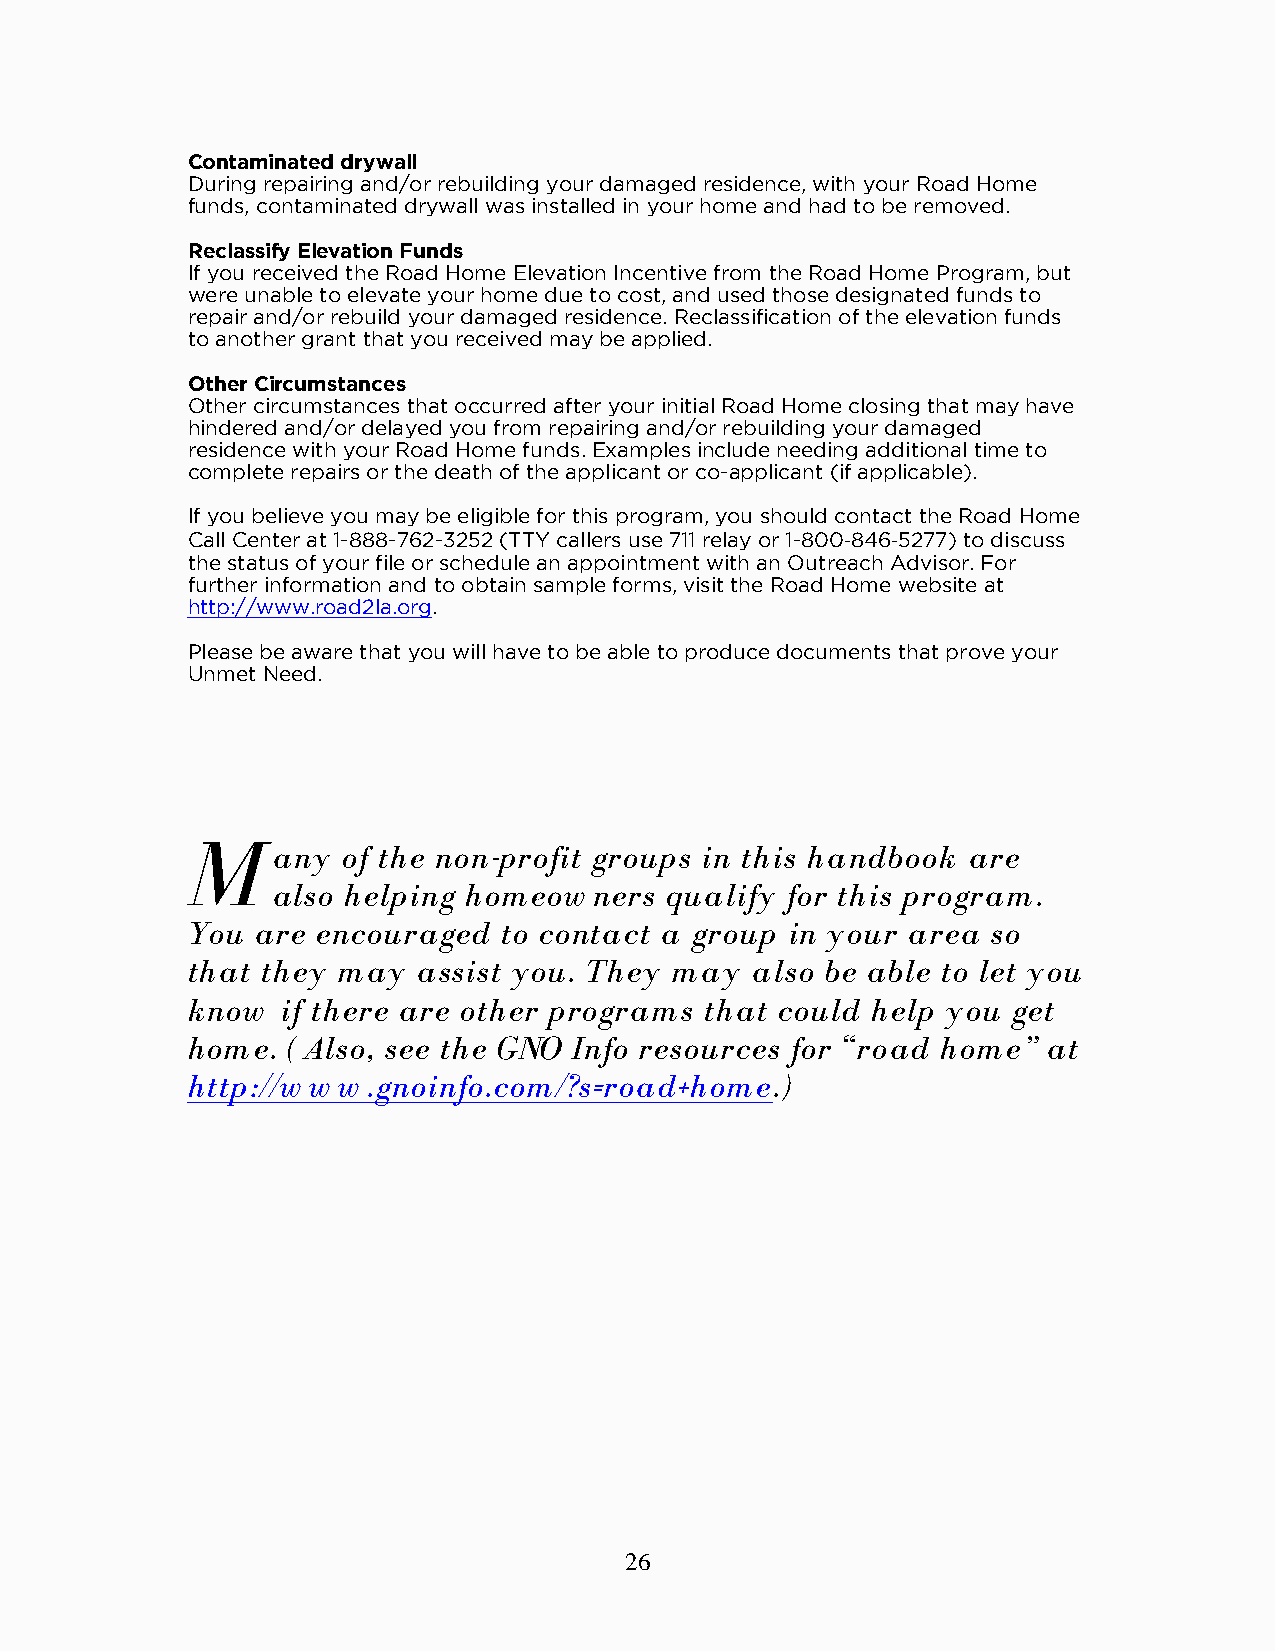
Contaminated drywall
 During repairing and/or rebuilding your damaged residence, with your Road Home
 funds, contaminated drywall was installed in your home and had to be removed.
 Reclassify Elevation Funds
 If you received the Road Home Elevation Incentive from the Road Home Program, but
 were unable to elevate your home due to cost, and used those designated funds to
 repair and/or rebuild your damaged residence. Reclassification of the elevation funds
 to another grant that you received may be applied.
 Other Circumstances
 Other circumstances that occurred after your initial Road Home closing that may have
 hindered and/or delayed you from repairing and/or rebuilding your damaged
 residence with your Road Home funds. Examples include needing additional time to
 complete repairs or the death of the applicant or co-applicant (if applicable).
 If you believe you may be eligible for this program, you should contact the Road Home
 Call Center at 1-888-762-3252 (TTY callers use 711 relay or 1-800‐846‐5277) to discuss
 the status of your file or schedule an appointment with an Outreach Advisor. For
 further information and to obtain sample forms, visit the Road Home website at
 http://www.road2la.org.
 Please be aware that you will have to be able to produce documents that prove your
 Unmet Need.
 M
 any  of the non-profit groups in this handbook are
 also helping homeow  ners qualify for this program.
 You  are encouraged  to contact a group in your area  so
 that they may   assist you. They may  also be able to let you
 know   if there are other programs that could help you get
 home.  ( Also, see the GNO Info resources for “road home” at
 http://w w w .gnoinfo.com/?s=road+home.)
 26